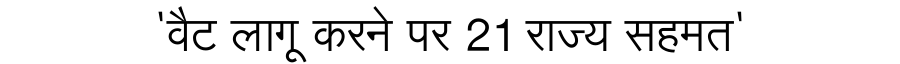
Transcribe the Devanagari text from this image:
'वैट लागू करने पर 21 राज्य सहमत'